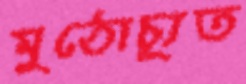
মুঠোচ্যূত